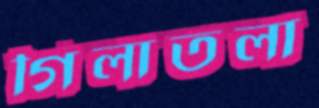
গিলাতলা